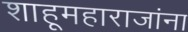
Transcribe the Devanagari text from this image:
शाहूमहाराजांना